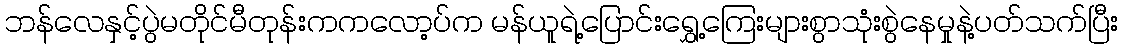
ဘန်လေနှင့်ပွဲမတိုင်မီတုန်းကကလော့ပ်က မန်ယူရဲ့ပြောင်းရွှေ့ကြေးများစွာသုံးစွဲနေမှုနဲ့ပတ်သက်ပြီး